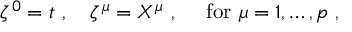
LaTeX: \zeta ^ { 0 } = t \ , \quad \zeta ^ { \mu } = X ^ { \mu } \ , \quad \mathrm { ~ f o r ~ } \mu = 1 , \ldots , p \ ,